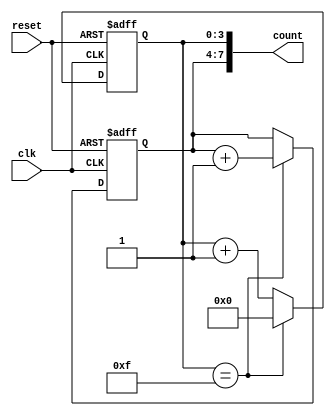
module CascadedCounter (
    input wire clk,
    input wire reset,
    output reg [7:0] count
);

reg [3:0] count1;
reg [3:0] count2;

always @(posedge clk or posedge reset) begin
    if (reset) begin
        count1 <= 4'b0000;
        count2 <= 4'b0000;
    end else begin
        if (count1 == 4'b1111) begin
            count1 <= 4'b0000;
            count2 <= count2 + 1;
        end else begin
            count1 <= count1 + 1;
        end
    end
end

assign count = {count2, count1};

endmodule